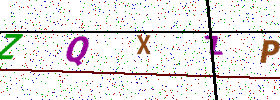
Text: ZQXZP